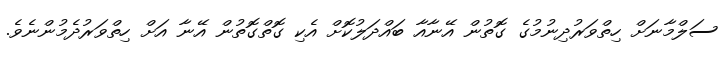
ސަލްމާނަށް ހިތްވަރުދިނުމުގެ ގޮތުން އޭނާއާ ބައްދަލުކޮށް އެކި ގޮތްގޮތުން އޭނާ އަށް ހިތްވަރުދެމުންނެވެ.